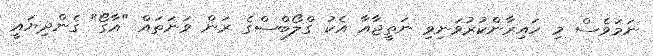
ނަމަވެސް މި ހައިރާންކުރުވަނިވި ނަތީޖާއާ އެކު ގްލޯބްސްގެ ރަން ވަނަތައް "އާގޯ" ގެންދިޔައީ